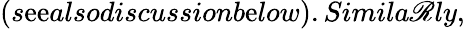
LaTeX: (s\mathrm{e}\mathrm{e}alsodiscussionb\mathrm{e}low).Simila\mathscr{R}ly,